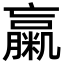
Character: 䊨